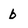
Character: b